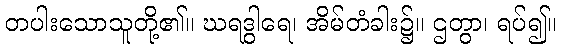
တပါးသောသူတို့၏။ ဃရဒွါရေ၊ အိမ်တံခါး၌။ ဌတွာ၊ ရပ်၍။